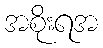
အစိုးရအ